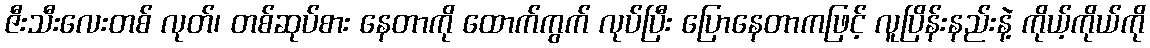
ဇီးသီးလေးတစ် လုတ်၊ တစ်ဆုပ်စား နေတာကို ထောက်ကွက် လုပ်ပြီး ပြောနေတာကဖြင့် လူပြိန်းနည်းနဲ့ ကိုယ့်ကိုယ်ကို